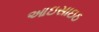
આઇસાઇઠ